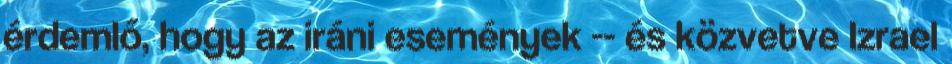
érdemlő, hogy az iráni események -- és közvetve Izrael